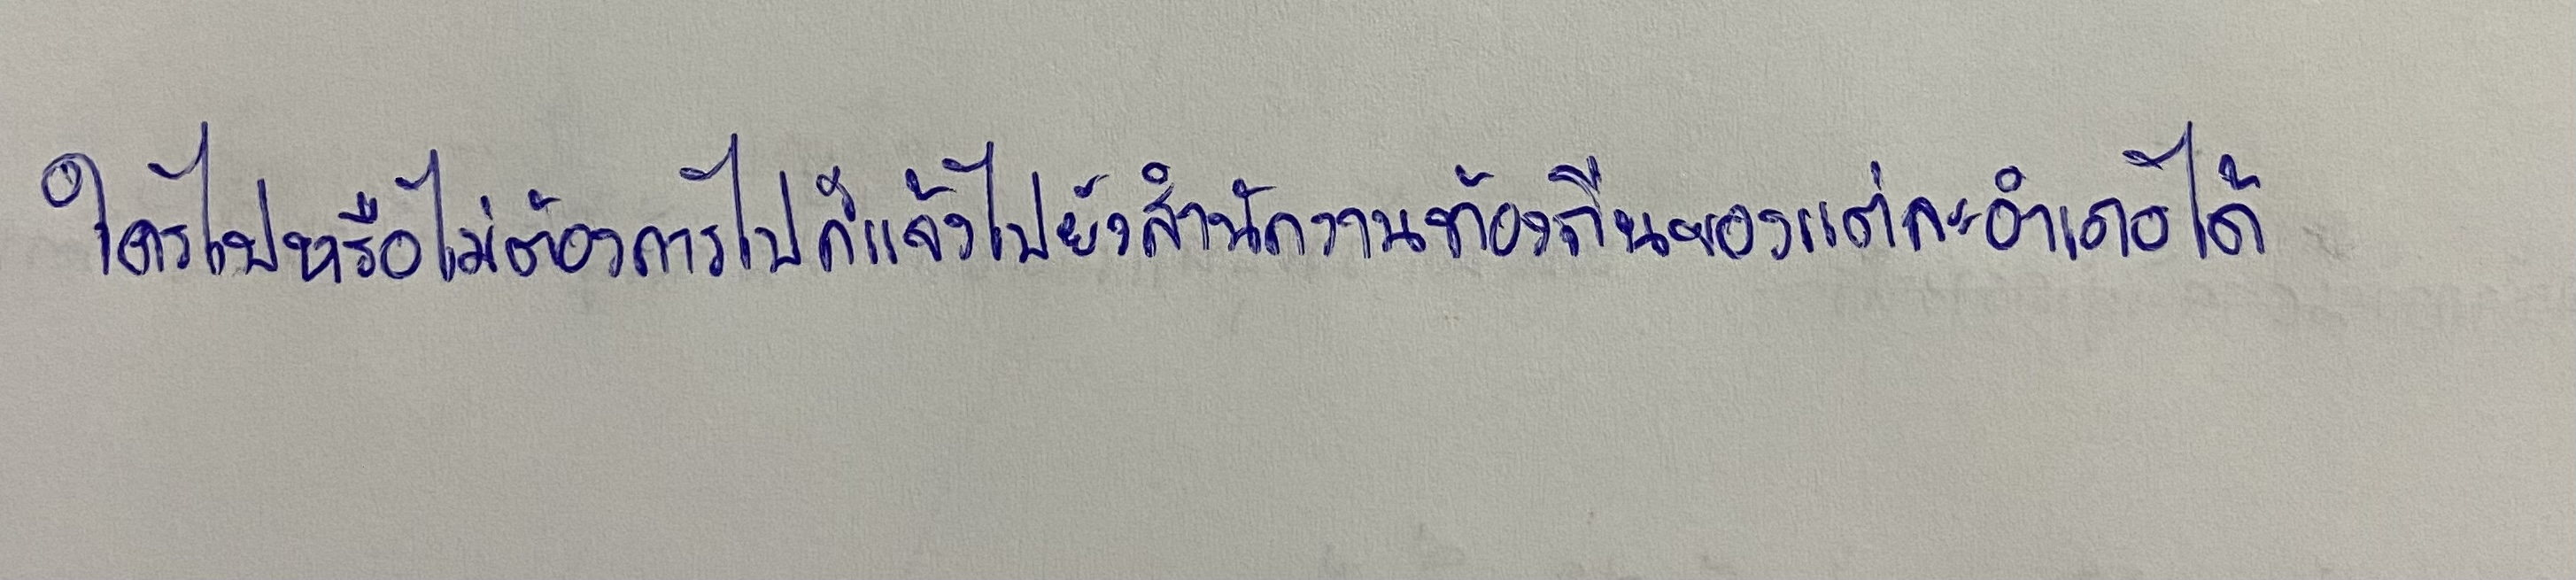
ใครไปหรือไม่ต้องการไปก็แจ้งไปยังสำนักงานท้องถิ่นของแต่ละอำเภอได้